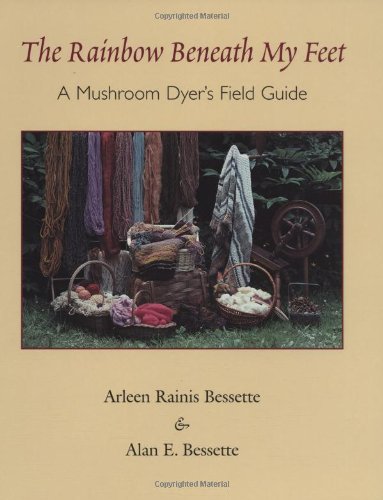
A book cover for The Rainbow Beneath My Feet: A Mushroom Dyers Field Guide; Alan Bessette; Crafts, Hobbies & Home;